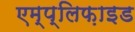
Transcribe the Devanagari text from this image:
एम्प्लिफ़ाइड